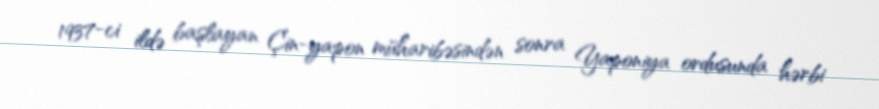
1937-ci ildə başlayan Çin-yapon müharibəsindən sonra Yaponiya ordusunda hərbi